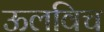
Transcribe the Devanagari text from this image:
ऊलविच